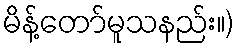
မိန့်တော်မူသနည်း။)